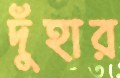
দুঁহার